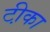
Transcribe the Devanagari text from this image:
टी़का